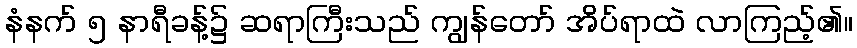
နံနက် ၅ နာရီခန့်၌ ဆရာကြီးသည် ကျွန်တော် အိပ်ရာထဲ လာကြည့်၏။